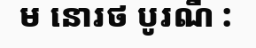
ម នោរថ បូរណី :